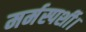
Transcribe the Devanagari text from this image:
मर्मस्पर्शी।